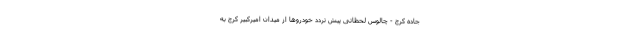
جاده کرج - چالوس لحظاتی پیش تردد خودروها از میدان امیرکبیر کرج به